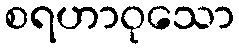
စရဟာဝုသော